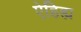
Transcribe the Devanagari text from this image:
ऐहिह्य